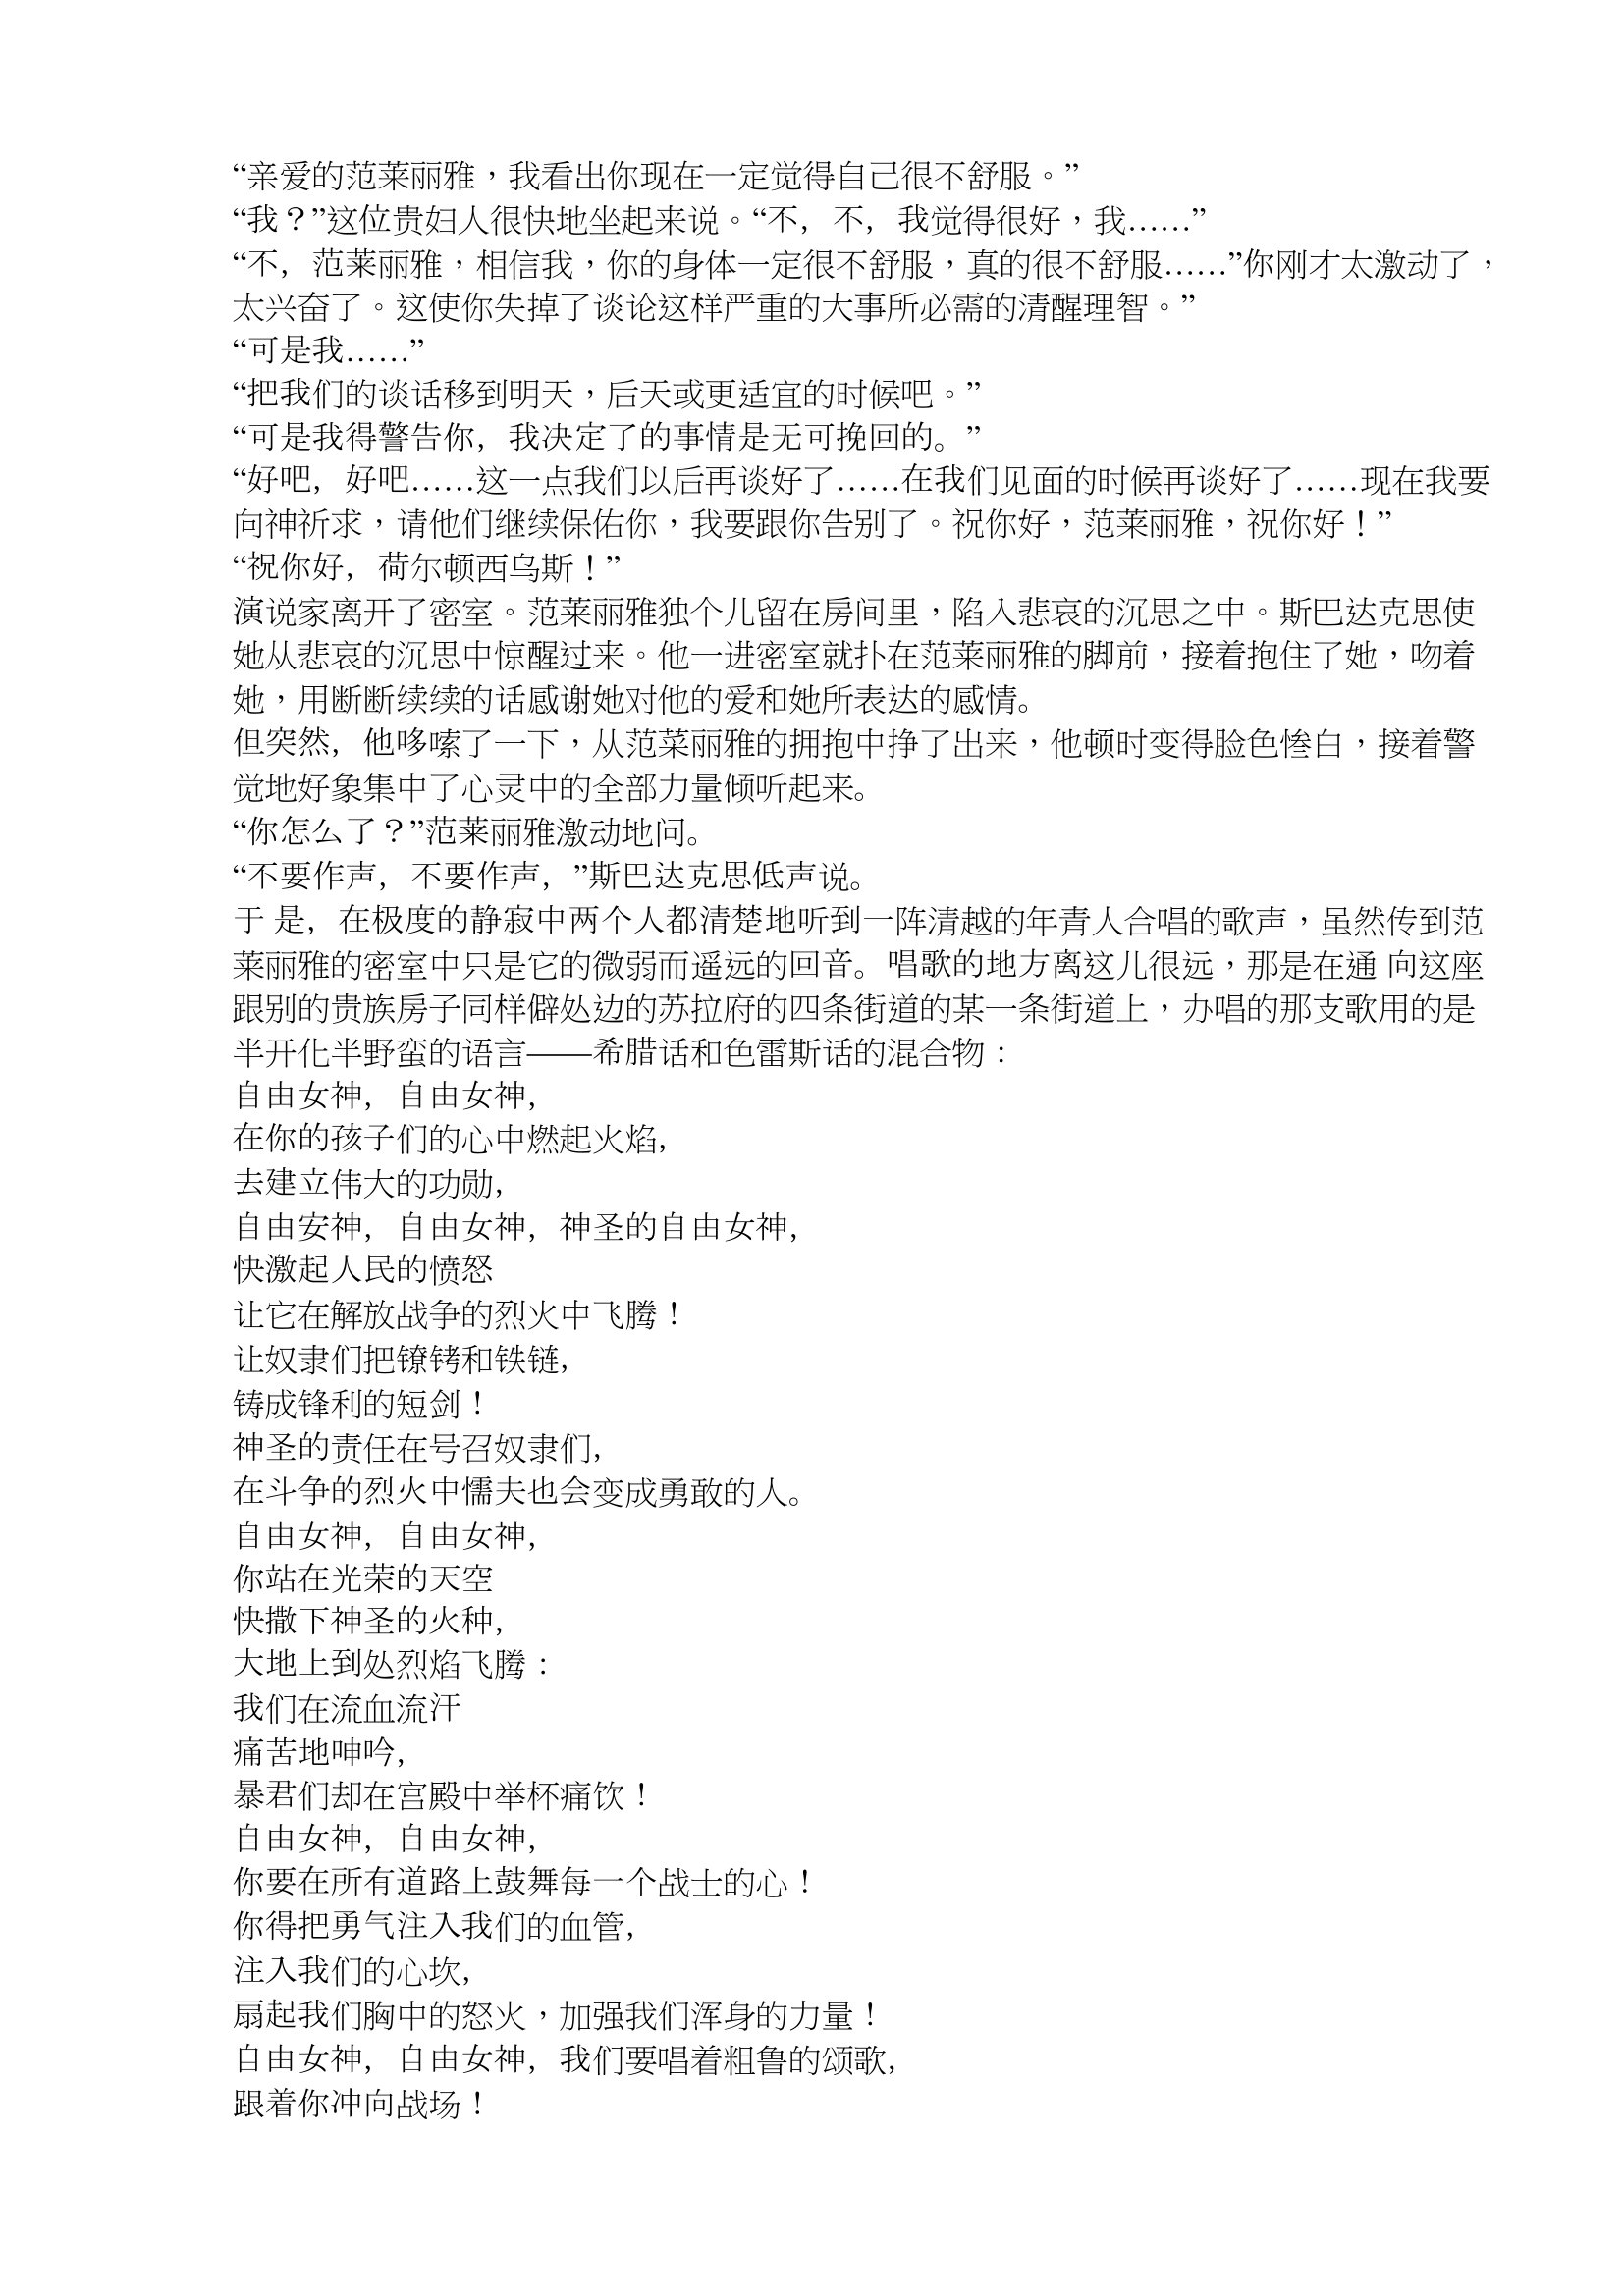
Language: zh